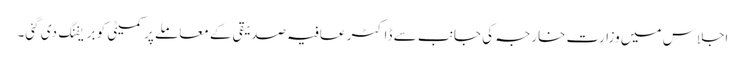
اجلاس میں وزارت خارجہ کی جانب سے ڈاکٹر عافیہ صدیقی کے معاملے پر کمیٹی کو بریفنگ دی گئی۔